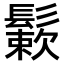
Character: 𩮶